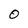
Character: 0